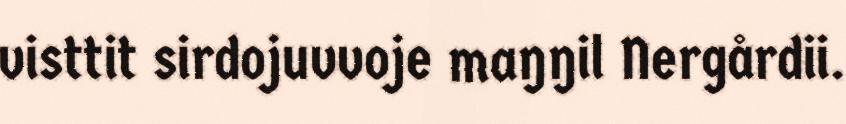
visttit sirdojuvvoje maŋŋil Nergårdii.